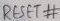
Text: RESET#